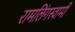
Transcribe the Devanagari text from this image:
रामलिंगस्वामी